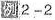
例2-2